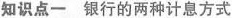
知识点一 银行的两种计息方式